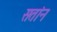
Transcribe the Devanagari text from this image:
सतांन